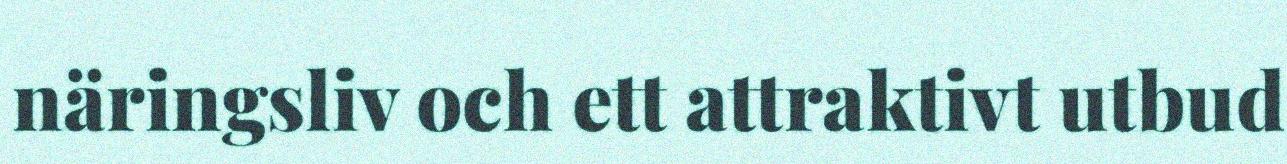
näringsliv och ett attraktivt utbud